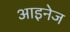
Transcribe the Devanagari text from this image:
आइनेज